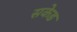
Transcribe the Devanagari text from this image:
सकेड